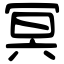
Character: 冥